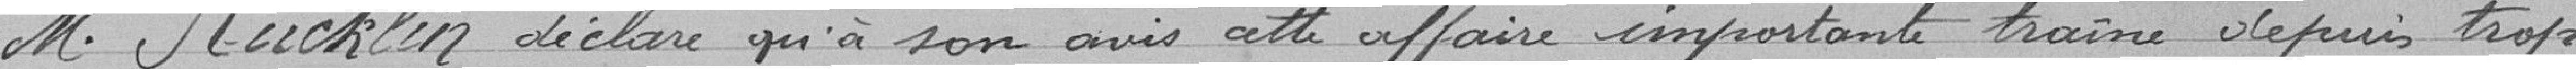
M. Rücklin déclare qu'à son avis cette affaire importante traîne depuis trop